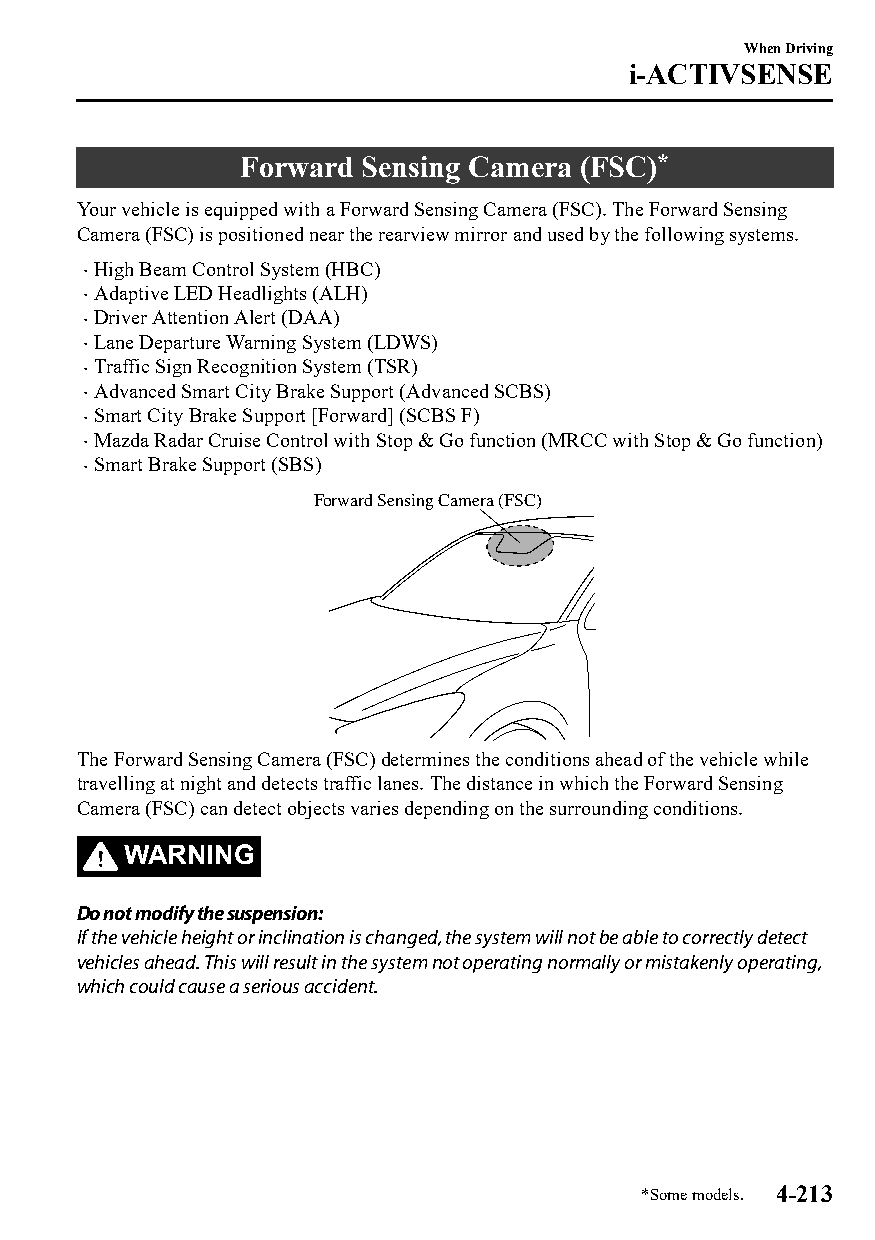
When Driving
 i-ACTIVSENSE
 Forward Sensing Camera (FSC)*
 Your vehicle is equipped with a Forward Sensing Camera (FSC). The Forward Sensing
 Camera (FSC) is positioned near the rearview mirror and used by the following systems.
 High Beam Control System (HBC)
 
 Adaptive LED Headlights (ALH)
 
 Driver Attention Alert (DAA)
 
 Lane Departure Warning System (LDWS)
 
 Traffic Sign Recognition System (TSR)
 
 Advanced Smart City Brake Support (Advanced SCBS)
 
 Smart City Brake Support [Forward] (SCBS F)
 
 Mazda Radar Cruise Control with Stop & Go function (MRCC with Stop & Go function)
 
 Smart Brake Support (SBS)
 
 Forward Sensing Camera (FSC)
 The Forward Sensing Camera (FSC) determines the conditions ahead of the vehicle while
 travelling at night and detects traffic lanes. The distance in which the Forward Sensing
 Camera (FSC) can detect objects varies depending on the surrounding conditions.
 WARNING
 Do not modify the suspension:
 If the vehicle height or inclination is changed, the system will not be able to correctly detect
 vehicles ahead. This will result in the system not operating normally or mistakenly operating,
 which could cause a serious accident.
 *Some models. 4-213
 CX-3_8GT4-EE-18D_Edition4                  2018-9-6 18:32:19